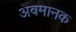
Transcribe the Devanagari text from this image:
अवमानक